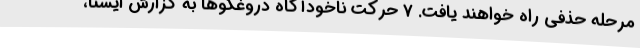
مرحله حذفی راه خواهند یافت. 7 حرکت ناخودآگاه دروغگوها به گزارش ایسنا،